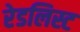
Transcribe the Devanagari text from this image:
रेडलिस्ट